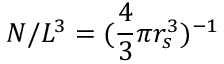
N / L ^ { 3 } = ( \frac { 4 } { 3 } \pi r _ { s } ^ { 3 } ) ^ { - 1 }